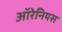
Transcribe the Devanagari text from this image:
ऑरेनियस